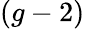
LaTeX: (g-2)